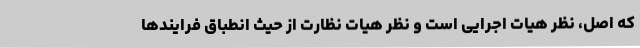
که اصل، نظر هیات اجرایی است و نظر هیات نظارت از حیث انطباق فرایندها